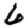
Digit: 6